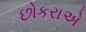
છોકરાએ